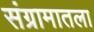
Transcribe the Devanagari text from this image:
संग्रामातला